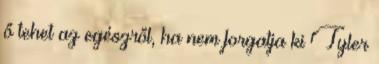
ő tehet az egészről, ha nem forgatja ki Tyler